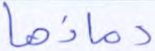
دماؤها